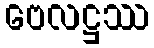
ဗေလဋ္ဌဿ